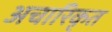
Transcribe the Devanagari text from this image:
अचारिकृत